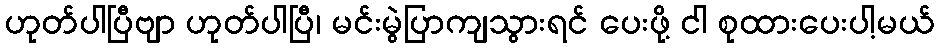
ဟုတ်ပါပြီဗျာ ဟုတ်ပါပြီ၊ မင်းမွဲပြာကျသွားရင် ပေးဖို့ ငါ စုထားပေးပါ့မယ်